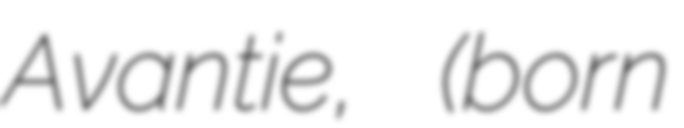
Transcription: Avantie, (born